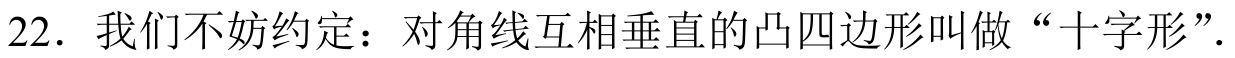
22. 我们不妨约定：对角线互相垂直的凸四边形叫做“十字形”.